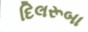
દિલરૂબા